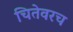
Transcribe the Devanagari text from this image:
चितेवरच